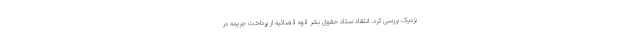
نزدیک بررسی کرد. انتقاد ستاد حقوق بشر قوه قضائیه از پرداخت جریمه در